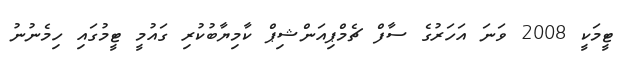
ޓީމަކީ 2008 ވަނަ އަހަރުގެ ސާފް ޗެމްޕިއަންޝިޕް ކާމިޔާބުކުރި ގައުމީ ޓީމުގައި ހިމެނުނު